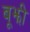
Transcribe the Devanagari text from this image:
बूझी